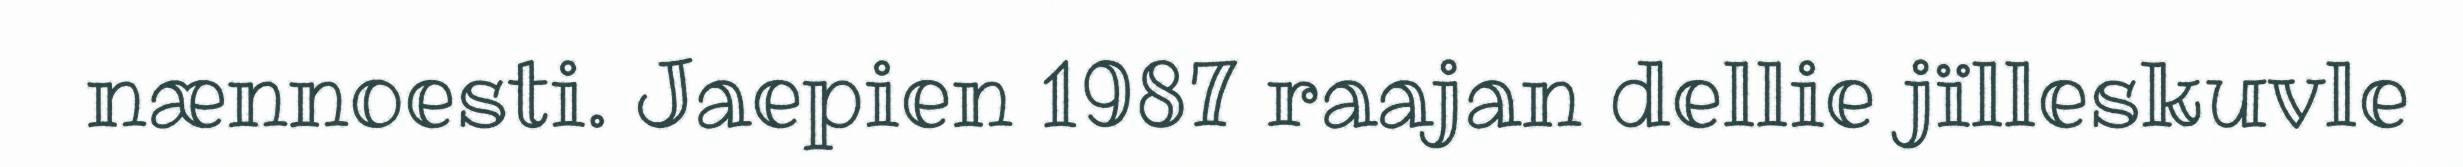
nænnoesti. Jaepien 1987 raajan dellie jïlleskuvle